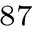
^ { 8 7 }